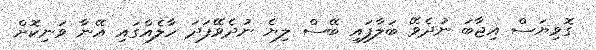
ގޮވިޔަސް އިޖާބަ ނުދެވޭ ބަލާފައި ބޭސް ލިޔެ ނުދެވޭފަދަ ހާލެއްގައި އޭނާ ވަނިކޮށް